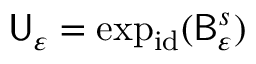
\mathsf { U } _ { \varepsilon } = \exp _ { \mathrm { i d } } ( \mathsf { B } _ { \varepsilon } ^ { s } )